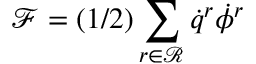
\mathcal { F } = ( 1 / 2 ) \sum _ { r \in \mathcal { R } } \dot { q } ^ { r } \dot { \phi } ^ { r }